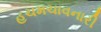
હચમચાવનારી